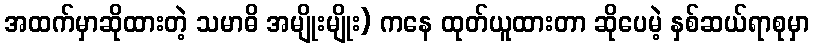
အထက်မှာဆိုထားတဲ့ သမာဓိ အမျိုးမျိုး) ကနေ ထုတ်ယူထားတာ ဆိုပေမဲ့ နှစ်ဆယ်ရာစုမှာ